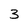
Character: 3